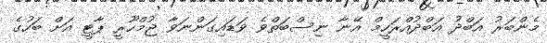
މެންބަރު އަބްދު އަބްދުއްރަހީމް އޭނާ ނިސްބަތްވެ ވަޑައިގަންނަވާ ޖުމްހޫރީ ޕާޓީ އަށް ބަހުގެ